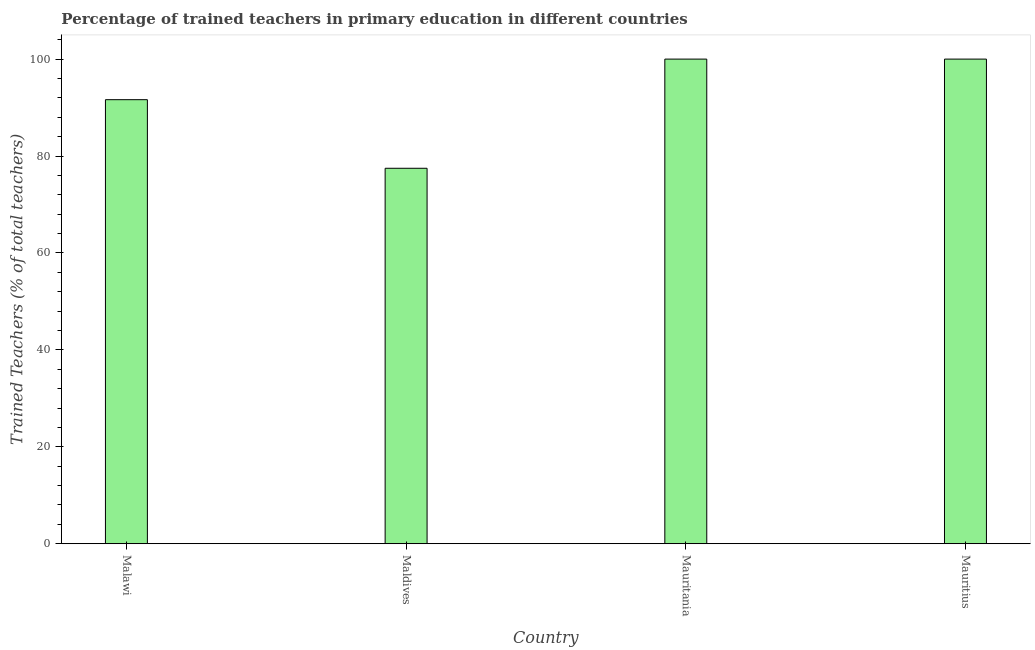
| Country | Trained teacher |
 | --- | --- |
 | Malawi | 91.6 |
 | Maldives | 77.5 |
 | Mauritania | 100 |
 | Mauritius | 100 |